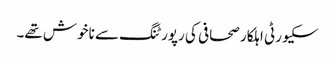
سکیورٹی اہلکار صحافی کی رپورٹنگ سے ناخوش تھے۔